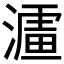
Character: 𱨪